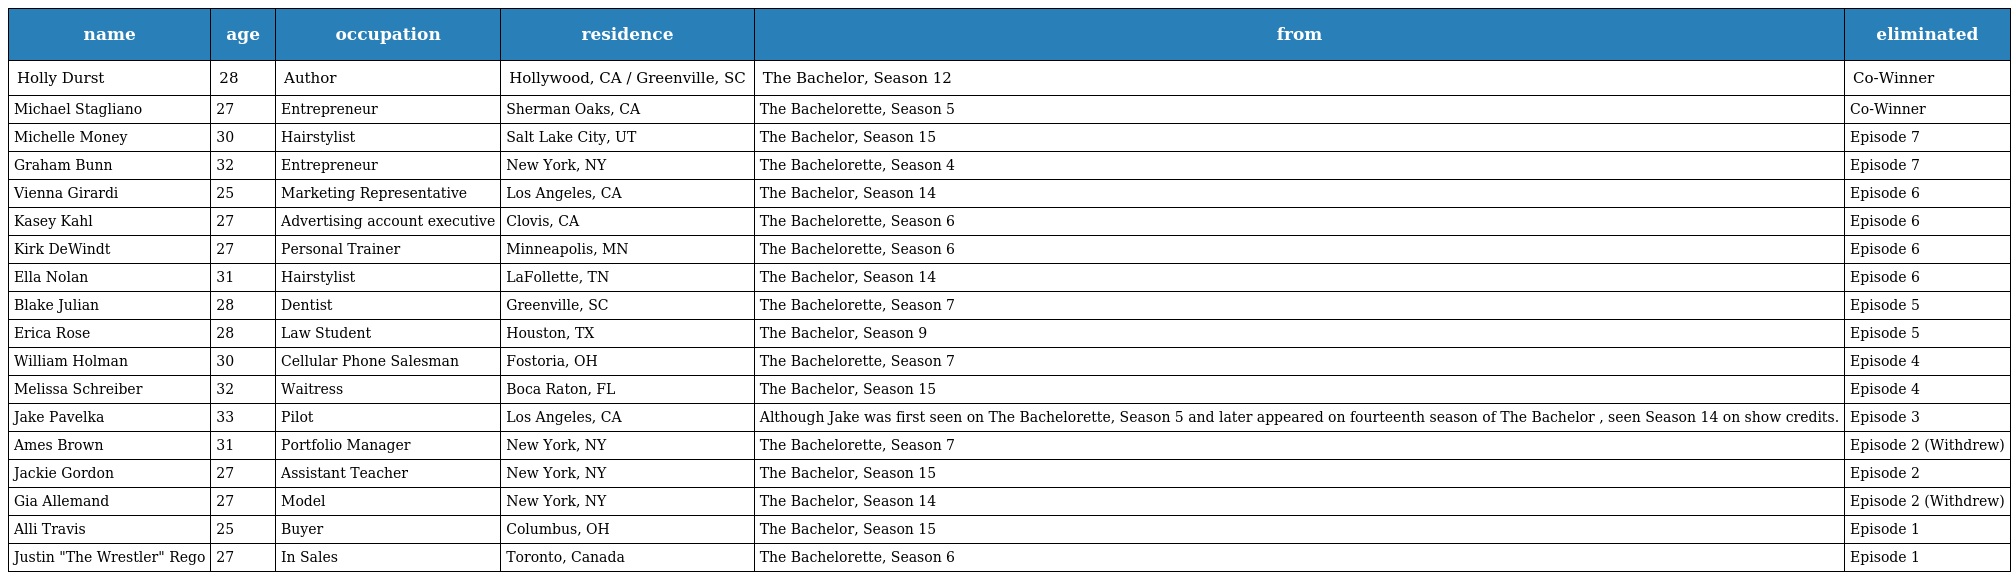
| name | age | occupation | residence | from | eliminated |
 | --- | --- | --- | --- | --- | --- |
 | Holly Durst | 28 | Author | Hollywood, CA / Greenville, SC | The Bachelor, Season 12 | Co-Winner |
 | Michael Stagliano | 27 | Entrepreneur | Sherman Oaks, CA | The Bachelorette, Season 5 | Co-Winner |
 | Michelle Money | 30 | Hairstylist | Salt Lake City, UT | The Bachelor, Season 15 | Episode 7 |
 | Graham Bunn | 32 | Entrepreneur | New York, NY | The Bachelorette, Season 4 | Episode 7 |
 | Vienna Girardi | 25 | Marketing Representative | Los Angeles, CA | The Bachelor, Season 14 | Episode 6 |
 | Kasey Kahl | 27 | Advertising account executive | Clovis, CA | The Bachelorette, Season 6 | Episode 6 |
 | Kirk DeWindt | 27 | Personal Trainer | Minneapolis, MN | The Bachelorette, Season 6 | Episode 6 |
 | Ella Nolan | 31 | Hairstylist | LaFollette, TN | The Bachelor, Season 14 | Episode 6 |
 | Blake Julian | 28 | Dentist | Greenville, SC | The Bachelorette, Season 7 | Episode 5 |
 | Erica Rose | 28 | Law Student | Houston, TX | The Bachelor, Season 9 | Episode 5 |
 | William Holman | 30 | Cellular Phone Salesman | Fostoria, OH | The Bachelorette, Season 7 | Episode 4 |
 | Melissa Schreiber | 32 | Waitress | Boca Raton, FL | The Bachelor, Season 15 | Episode 4 |
 | Jake Pavelka | 33 | Pilot | Los Angeles, CA | Although Jake was first seen on The Bachelorette, Season 5 and later appeared on fourteenth season of The Bachelor , seen Season 14 on show credits. | Episode 3 |
 | Ames Brown | 31 | Portfolio Manager | New York, NY | The Bachelorette, Season 7 | Episode 2 (Withdrew) |
 | Jackie Gordon | 27 | Assistant Teacher | New York, NY | The Bachelor, Season 15 | Episode 2 |
 | Gia Allemand | 27 | Model | New York, NY | The Bachelor, Season 14 | Episode 2 (Withdrew) |
 | Alli Travis | 25 | Buyer | Columbus, OH | The Bachelor, Season 15 | Episode 1 |
 | Justin "The Wrestler" Rego | 27 | In Sales | Toronto, Canada | The Bachelorette, Season 6 | Episode 1 |